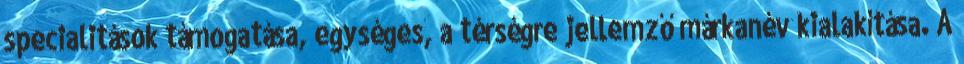
specialitások támogatása, egységes, a térségre jellemző márkanév kialakítása. A